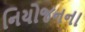
નિયોજનના